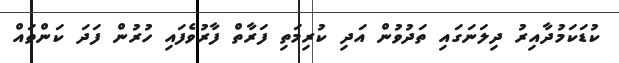
ކުޑަކަމުދާއިރު ދިލަނަގައި ތަދުވުން އަދި ކުރިމަތި ފަރާތް ފާރުވެފައި ހުރުން ފަދަ ކަންތައް